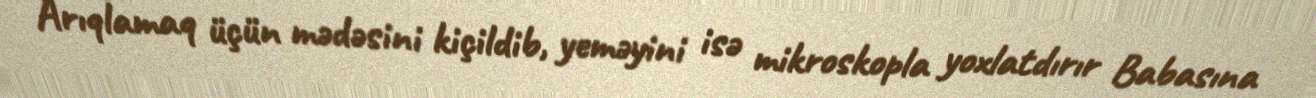
Arıqlamaq üçün mədəsini kiçildib, yeməyini isə mikroskopla yoxlatdırır Babasına